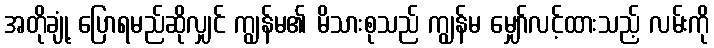
အတိုချုံ့ ပြောရမည်ဆိုလျှင် ကျွန်မ၏ မိသားစုသည် ကျွန်မ မျှော်လင့်ထားသည့် လမ်းကို